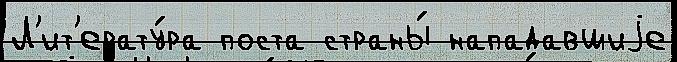
Л'ит'ерату́ра поста страны́ нападавшиjе